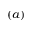
( a )